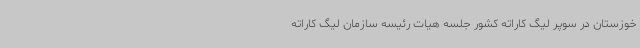
خوزستان در سوپر لیگ کاراته کشور جلسه هیات رئیسه سازمان لیگ کاراته